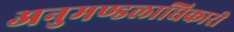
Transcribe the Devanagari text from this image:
अनुमण्डलाधिकारी